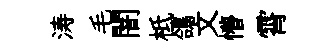
涛毛闇柢鴿文懵霄